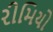
રીમિયો